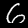
Label: 6